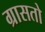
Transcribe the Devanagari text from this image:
ग्रासतो